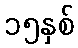
၁၅နှစ်